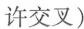
许交叉)